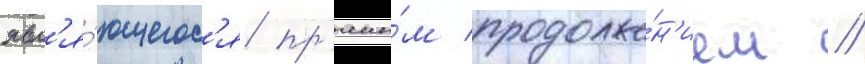
явл'я́ющегос'я пр'ямы́м продолже́н'ием //